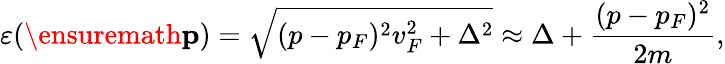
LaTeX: \varepsilon(\ensuremath{\mathbf{p}})=\sqrt{(p-p_{F})^{2}v_{F}^{2}+\Delta^{2}}\approx\Delta+\frac{(p-p_{F})^{2}}{2m},